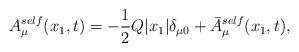
LaTeX: \begin{align*}A_{\mu}^{self}(x_1,t) = -\frac{1}{2} Q|x_1| {\delta}_{{\mu}0}+ \bar{A}_{\mu}^{self}(x_1,t),\end{align*}